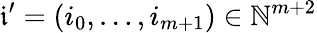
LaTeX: \mathfrak{i}^{\prime}=(i_{0},\dots,i_{m+1})\in\mathbb{N}^{m+2}